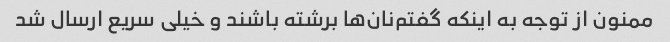
ممنون از توجه به اینکه گفتم‌نان‌ها برشته باشند و خیلی سریع ارسال شد